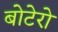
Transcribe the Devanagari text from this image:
बोटेरो